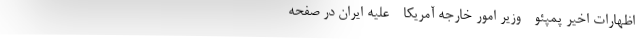
اظهارات اخیر پمپئو - وزیر امور خارجه آمریکا - علیه ایران در صفحه